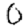
Digit: 0